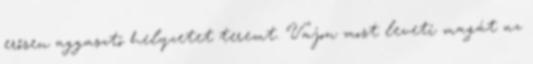
erősen aggasztó helyzetet teremt. Vajon most leveti magát az